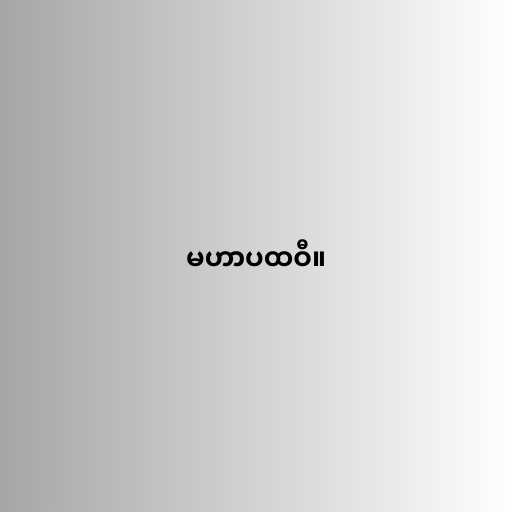
မဟာပထဝီ။